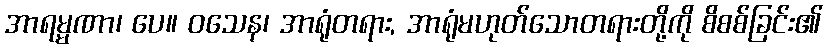
အာရမ္မဏာ၊ ပေ။ ဝသေန၊ အာရုံတရား, အာရုံမဟုတ်သောတရားတို့ကို စိစစ်ခြင်း၏